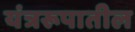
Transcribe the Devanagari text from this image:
यंत्ररूपातील